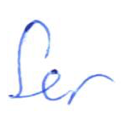
Text: for
Cross-out: clean
Writing tool: ballpoint